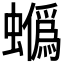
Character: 𧓯